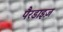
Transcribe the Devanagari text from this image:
पैरडाइज़